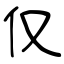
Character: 仅